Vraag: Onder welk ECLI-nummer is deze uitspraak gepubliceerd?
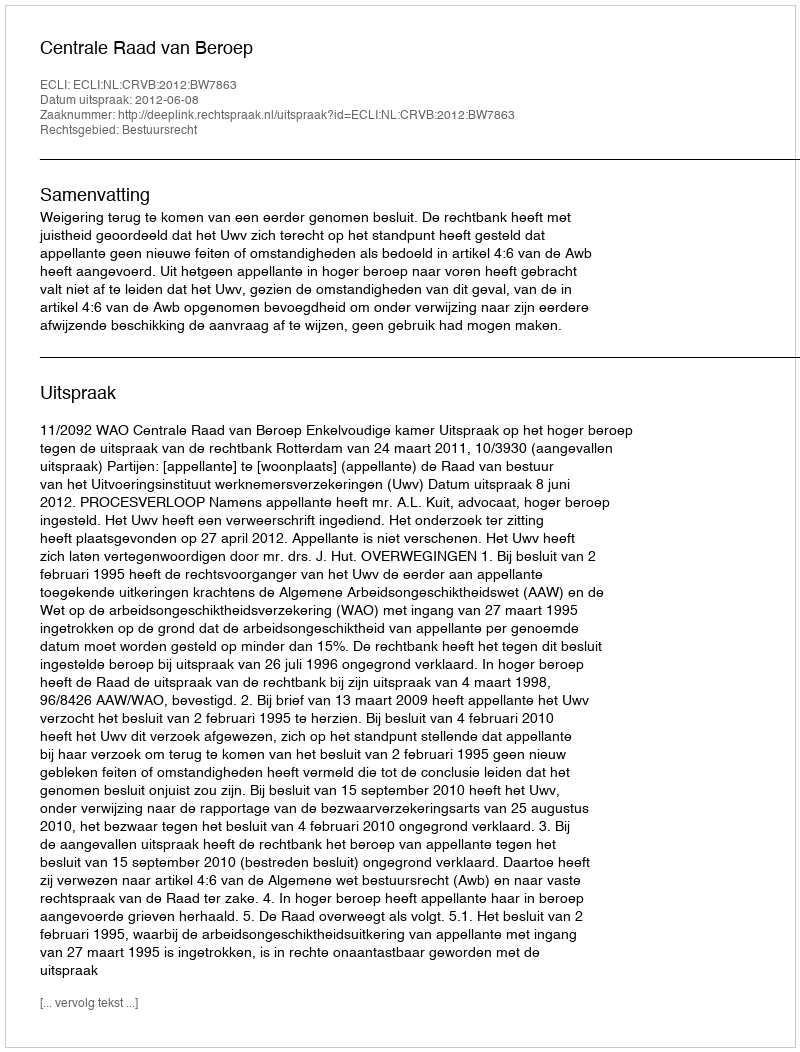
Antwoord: ECLI:NL:CRVB:2012:BW7863